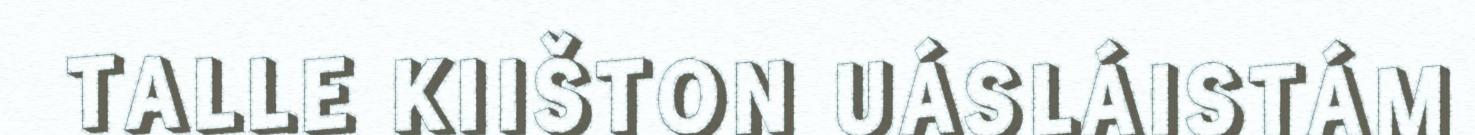
TALLE KIIŠTON UÁSLÁISTÁM